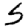
Digit: 5